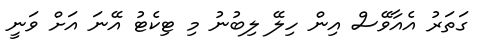
ގަތަރު އެއާވޭސް އިން ހިލޭ ލިބުނު މި ޓިކެޓު އޭނަ އަށް ވަނީ